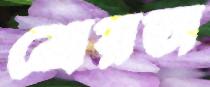
শ্রেয়তা